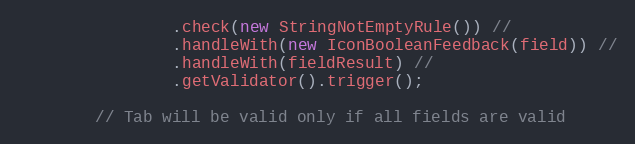
Language: Java
                .check(new StringNotEmptyRule()) //
                .handleWith(new IconBooleanFeedback(field)) //
                .handleWith(fieldResult) //
                .getValidator().trigger();

        // Tab will be valid only if all fields are valid